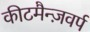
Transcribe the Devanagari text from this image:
कीटमैन्ज़वर्प